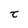
Character: t